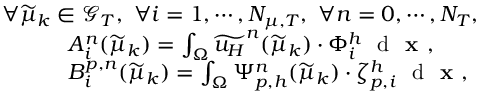
\begin{array} { r l } & { \forall \widetilde { \mu } _ { k } \in \mathcal { G } _ { T } , \ \forall i = 1 , \cdots , N _ { \mu , T } , \ \forall n = 0 , \cdots , N _ { T } , } \\ & { \quad \quad \quad A _ { i } ^ { n } ( \widetilde { \mu } _ { k } ) = \int _ { \Omega } \widetilde { u _ { H } } ^ { n } ( \widetilde { \mu } _ { k } ) \cdot \Phi _ { i } ^ { h } \ \textrm { d } \textbf { x } , } \\ & { \quad \quad \quad B _ { i } ^ { p , n } ( \widetilde { \mu } _ { k } ) = \int _ { \Omega } \Psi _ { p , h } ^ { n } ( \widetilde { \mu } _ { k } ) \cdot \zeta _ { p , i } ^ { h } \ \textrm { d } \textbf { x } , } \end{array}